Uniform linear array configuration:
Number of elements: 16
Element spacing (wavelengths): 0.5
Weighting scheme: exponential
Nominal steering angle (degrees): -45
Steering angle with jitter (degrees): -46.246
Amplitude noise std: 0.05
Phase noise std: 0.05

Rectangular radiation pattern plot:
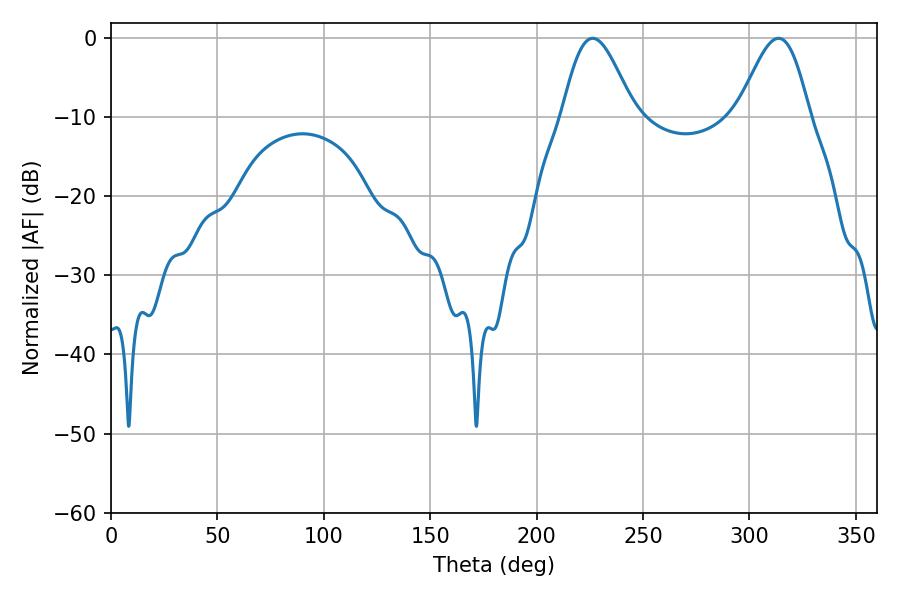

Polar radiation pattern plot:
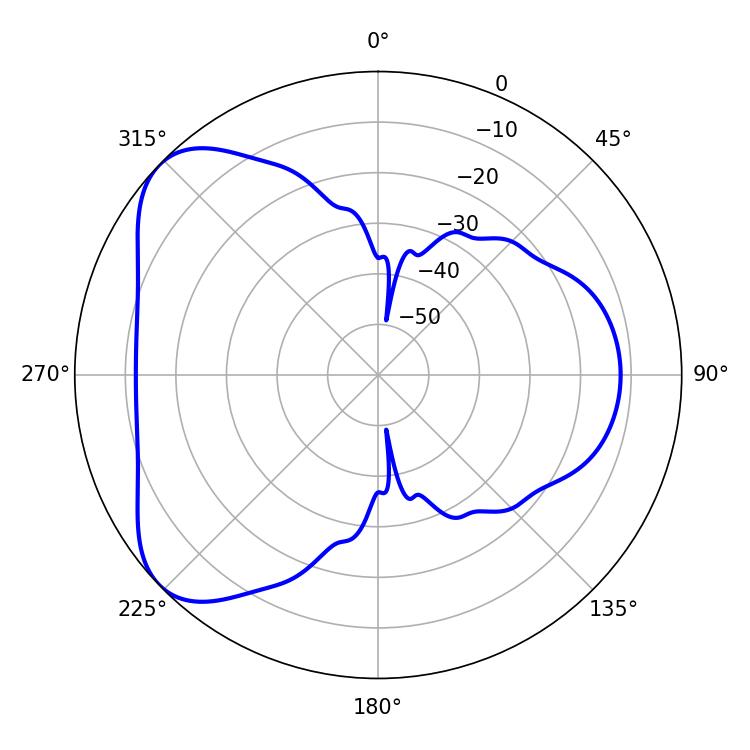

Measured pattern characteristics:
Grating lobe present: FALSE
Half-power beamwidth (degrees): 17.82
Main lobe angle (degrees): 226.26